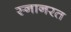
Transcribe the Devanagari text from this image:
स्नानरत